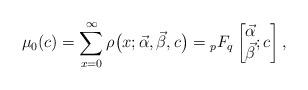
LaTeX: \begin{align*}\mu_{0}(c) = \sum\limits_{x=0}^{\infty}\rho\big( x;\vec{\alpha},\vec{\beta},c\big)= {}_{p}F_{q}\left[\begin{matrix}\vec{\alpha}\\\vec{\beta}\end{matrix};c\right] , \end{align*}